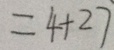
= 4 + 2 7